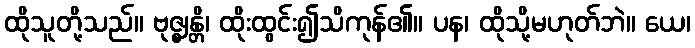
ထိုသူတို့သည်။ ဗုဇ္ဈန္တိ၊ ထိုးထွင်း၍သိကုန်၏။ ပန၊ ထိုသို့မဟုတ်ဘဲ။ ယေ၊